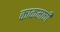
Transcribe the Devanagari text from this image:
काकमाची